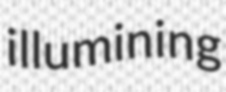
illumining